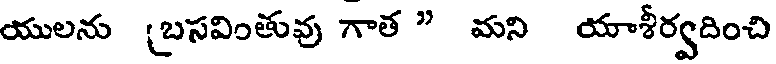
యులను (బసవింతువు గాత " మని యాశీర్వదించి